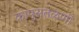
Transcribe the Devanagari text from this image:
कापुसतळणी